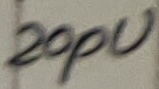
Text: 20pU